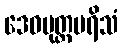
ဒေဝပုတ္တပရိသံ